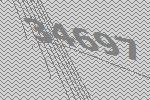
34697